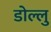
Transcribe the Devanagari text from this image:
डोल्लु